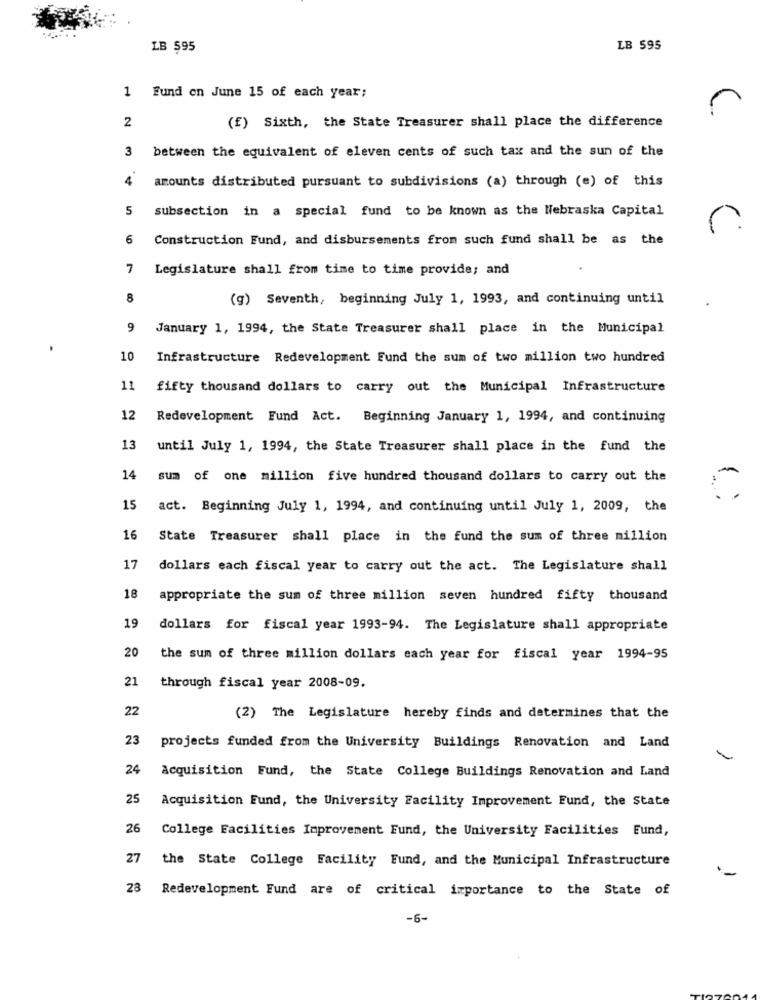
LB 595
LB 595
1 Fund on June 15 of each year;
2
(f) Sixth, the State Treasurer shall place the difference
3
between the equivalent of eleven cents of such tax and the sun of the
4
amounts distributed pursuant to subdivisions (a) through (e) of this
5
subsection in a special fund to be known as the Nebraska Capital
6
Construction Fund, and disbursements from such fund shall be as the
7
Legislature shall from time to time provide; and
8
(g) Seventh, beginning July 1, 1993, and continuing until
9
January 1, 1994, the State Treasurer shall place in the Municipal
10
Infrastructure Redevelopment Fund the sum of two million two hundred
11
fifty thousand dollars to carry out the Municipal Infrastructure
12
Redevelopment Fund Act. Beginning January 1, 1994, and continuing
13
until July 1, 1994, the State Treasurer shall place in the fund the
14
sum of one million five hundred thousand dollars to carry out the
15
act. Beginning July 1, 1994, and continuing until July 1, 2009, the
16
State Treasurer shall place in the fund the sum of three million
17
dollars each fiscal year to carry out the act. The Legislature shall
18
appropriate the sum of three million seven hundred fifty thousand
19
dollars for fiscal year 1993-94. The Legislature shall appropriate
20
the sum of three million dollars each year for fiscal year 1994-95
21
through fiscal year 2008-09.
22
(2) The Legislature hereby finds and determines that the
23
projects funded from the University Buildings Renovation and Land
24
Acquisition Fund, the State College Buildings Renovation and Land
25
Acquisition Fund, the University Facility Improvement Fund, the State
26
College Facilities Improvement Fund, the University Facilities Eund,
27
the State College Facility Fund, and the Municipal Infrastructure
28
Redevelopment Fund are of critical importance to the State of
-6-